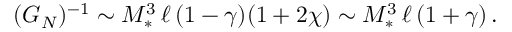
( G _ { N } ) ^ { - 1 } \sim M _ { * } ^ { 3 } \, \ell \, ( 1 - \gamma ) ( 1 + 2 \chi ) \sim M _ { * } ^ { 3 } \, \ell \, ( 1 + \gamma ) \, .